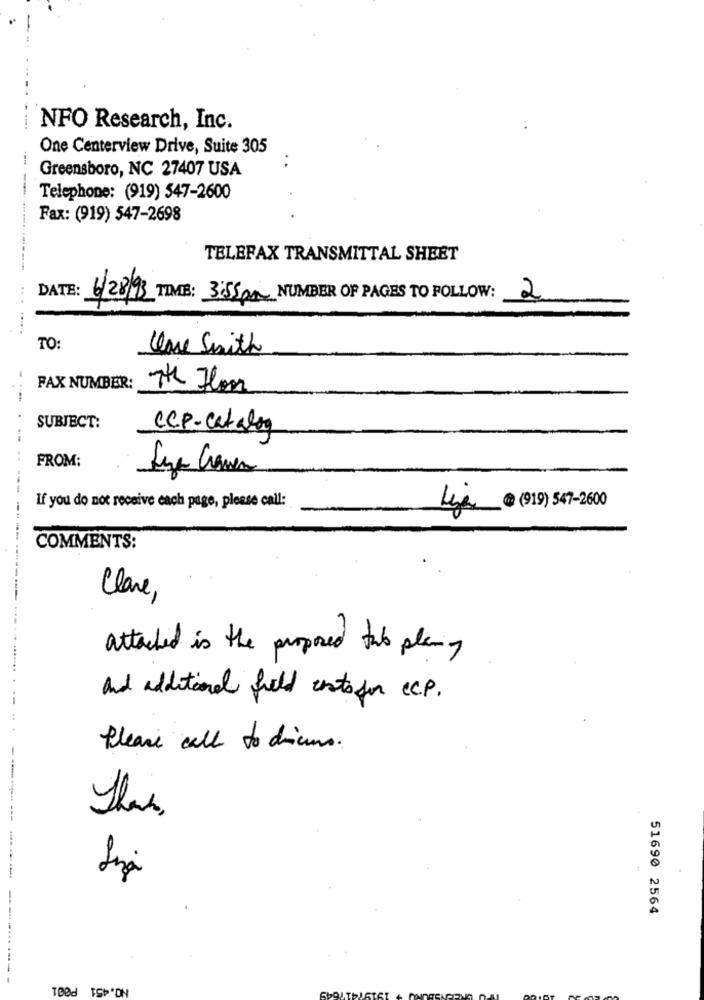
NFO Research, Inc.
One Centerview Drive, Suite 305
Greensboro, NC 27407 USA
Telephone: (919) 547-2600
Fax: (919) 547-2698
TELEFAX TRANSMITTAL SHEET
DATE: 6/28/93 TIME: 3:55 pm NUMBER OF PAGES TO FOLLOW:
2
TO:
Clone Smith
FAX NUMBER:
The Floor
SUBJECT:
CCP-Catalog
...
FROM:
-----
If you do not receive each page, please call:
Leya @ (91) 547-2600
COMMENTS:
Clare,
attached is the proposed tab plany
and additional field costsfor Ccp.
Please call to diums.
Than,
----- ---
51690 2564
--- --- ----
NO.451 P001